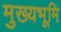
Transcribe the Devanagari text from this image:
मुख्‍यभूमि